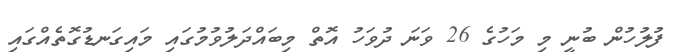
ފުލުހުން ބުނީ މި މަހުގެ 26 ވަނަ ދުވަހު އޮތް މިބައްދަލުވުމުގައި މައިގަނޑުގޮތެއްގައި